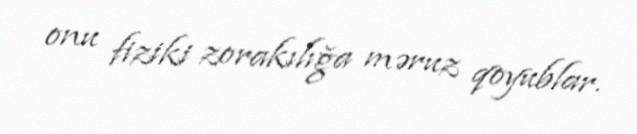
onu fiziki zorakılığa məruz qoyublar.